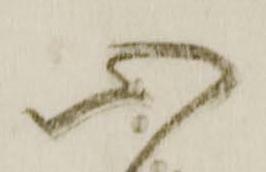
心